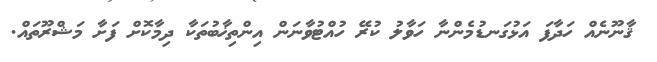
ޤާނޫނެއް ހަދާފަ އަޅުގަނޑުމެންނާ ހަވާލު ކުރޭ ހުއްޓުވާނަން އިންތިޚާބުތަކާ ދިމާކޮށް ފަށާ މަޝްރޫތައް.